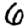
Digit: 6